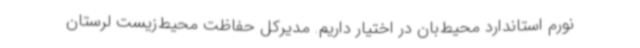
نورم استاندارد محیط‌بان در اختیار داریم. مدیرکل حفاظت محیط‌زیست لرستان